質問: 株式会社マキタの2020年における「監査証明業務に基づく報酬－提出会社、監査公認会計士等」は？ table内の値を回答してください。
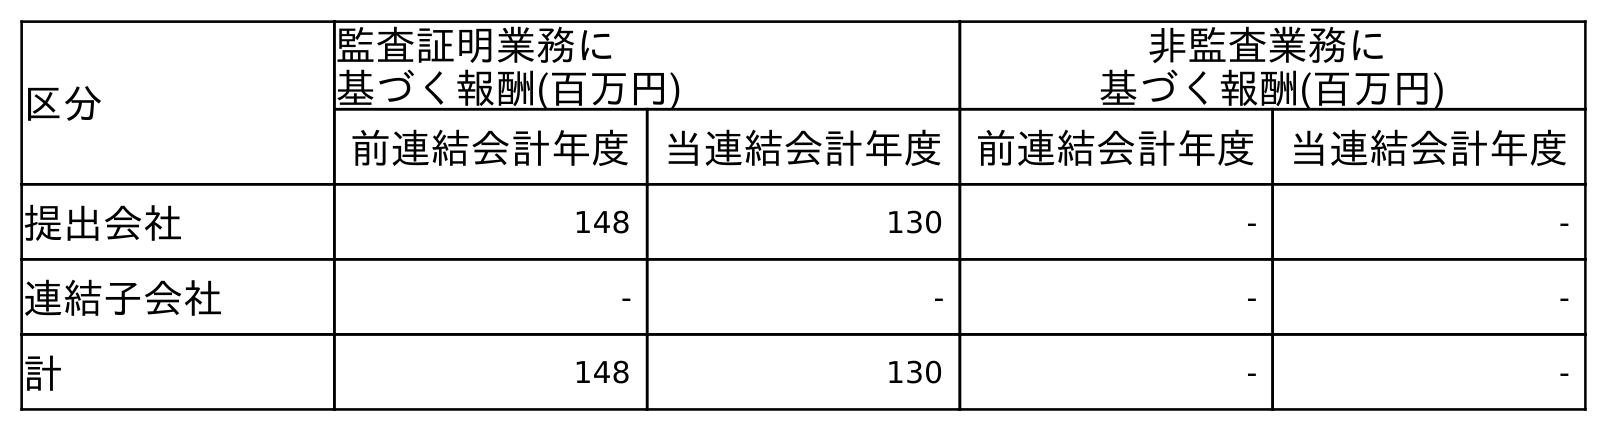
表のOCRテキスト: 区分 監査証明業務に 基づく報酬(百万円) 非監査業務に 基づく報酬(百万円) 前連結会計年度 当連結会計年度 前連結会計年度 当連結会計年度 提出会社 148 130 - - 連結子会社 - - - - 計 148 130 - -
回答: -